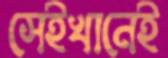
সেইখানেই